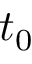
t _ { 0 }